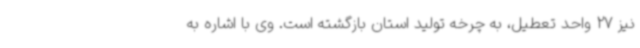
نیز 27 واحد تعطیل، به چرخه تولید استان بازگشته است. وی با اشاره به